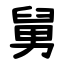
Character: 舅